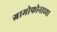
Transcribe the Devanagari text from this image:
ग्रामोफोनाच्या